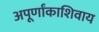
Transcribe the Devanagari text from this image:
अपूर्णांकाशिवाय